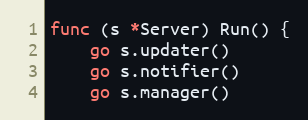
Language: Go
func (s *Server) Run() {
	go s.updater()
	go s.notifier()
	go s.manager()